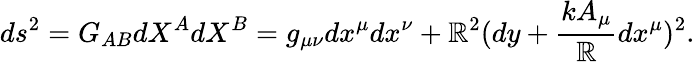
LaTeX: ds^{2}=G_{AB}{dX^{A}}{dX^{B}}=g_{\mu\nu}dx^{\mu}dx^{\nu}+\mathbb{R}^{2}(dy+\frac{{kA_{\mu}}}{{\mathbb{R}}}dx^{\mu})^{2}.